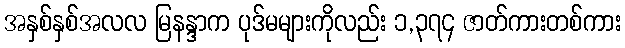
အနှစ်နှစ်အလလ မြနန္ဒာက ပုဒ်မများကိုလည်း ၁,၃၇၄ ဇာတ်ကားတစ်ကား